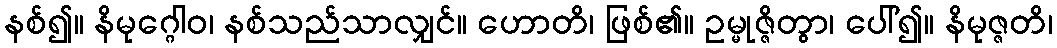
နစ်၍။ နိမုဂ္ဂေါဝ၊ နစ်သည်သာလျှင်။ ဟောတိ၊ ဖြစ်၏။ ဥမ္မုဇ္ဇိတွာ၊ ပေါ်၍။ နိမုဇ္ဇတိ၊